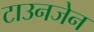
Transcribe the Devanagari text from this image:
टाउनजेन